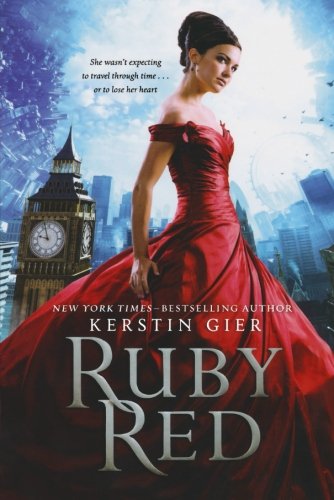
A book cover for Ruby Red (The Ruby Red Trilogy); Kerstin Gier; Teen & Young Adult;